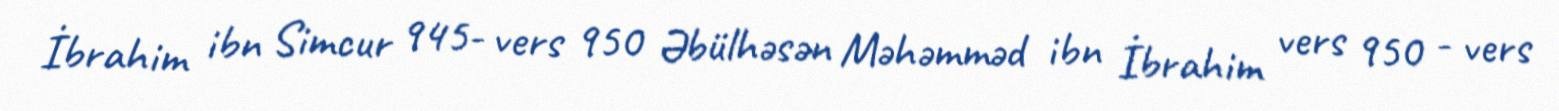
İbrahim ibn Simcur 945- vers 950 Əbülhəsən Məhəmməd ibn İbrahim vers 950 - vers